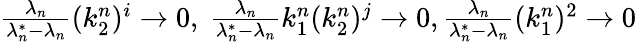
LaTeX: \begin{array}{r}{\frac{\lambda_{n}}{\lambda_{n}^{*}-\lambda_{n}}(k_{2}^{n})^{i}\to 0,\ \frac{\lambda_{n}}{\lambda_{n}^{*}-\lambda_{n}}k_{1}^{n}(k_{2}^{n})^{j}\to 0,\frac{\lambda_{n}}{\lambda_{n}^{*}-\lambda_{n}}(k_{1}^{n})^{2}\to 0}\end{array}